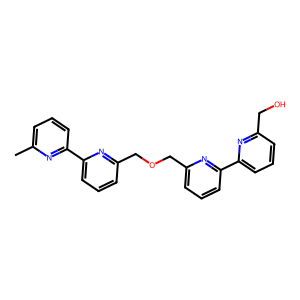
SMILES: Cc1cccc(-c2cccc(COCc3cccc(-c4cccc(CO)n4)n3)n2)n1
Inhibits HIV replication: No